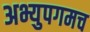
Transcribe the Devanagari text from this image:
अभ्युपगमच